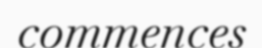
commences